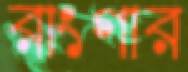
রাংগার